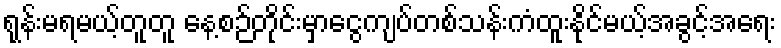
ရုန်းမရမယ့်တူတူ နေ့စဉ်တိုင်းမှာငွေကျပ်တစ်သန်းကံထူးနိုင်မယ့်အခွင့်အရေး